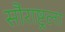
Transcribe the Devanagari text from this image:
सौराष्ट्रला